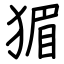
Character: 猸